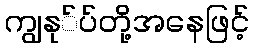
ကျွနု်ပ်တို့အနေဖြင့်